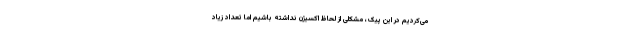
می‌کردیم در این پیک، مشکلی از لحاظ اکسیژن نداشته باشیم اما تعداد زیاد